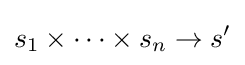
s_{1}\times \cdots \times s_{n}\to s^{\prime }